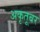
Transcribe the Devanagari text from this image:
अकृतूबर